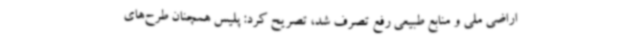
اراضی ملی و منابع طبیعی رفع تصرف شد، تصریح کرد: پلیس همچنان طرح‌های